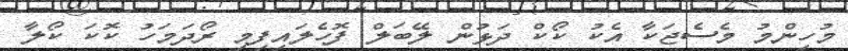
މުހިންމު މެސެޖަކާ އެކު ކޯކް ދަޅުން ލޭބަލް ފޮހެލައިފިމި ރޯދަމަހު ކޮކަ ކޯލާ